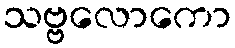
သဗ္ဗလောကော